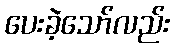
ပေးခဲ့သော်လည်း